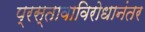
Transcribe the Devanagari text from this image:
प्रस्तावाविरोधानंतर